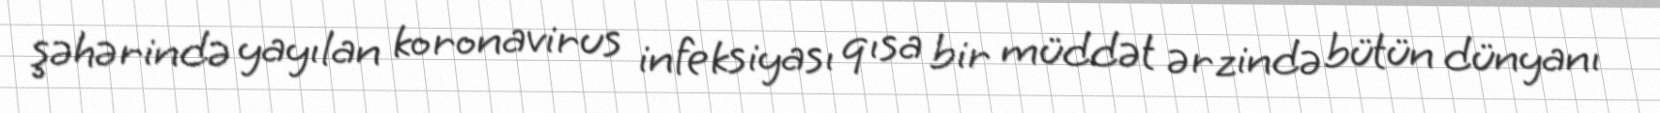
şəhərində yayılan koronavirus infeksiyası qısa bir müddət ərzində bütün dünyanı